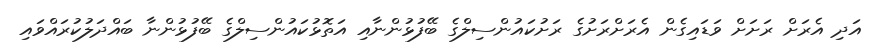
އަދި އެރަށް ރަށަށް ވަޑައިގެން އެރަށްރަށުގެ ރަށުކައުންސިލްގެ ބޭފުޅުންނާއި އަތޮޅުކައުންސިލްގެ ބޭފުޅުންނާ ބައްދަލުކުރައްވައި